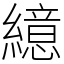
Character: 繶